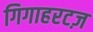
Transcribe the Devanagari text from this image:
गिगाहरटज़